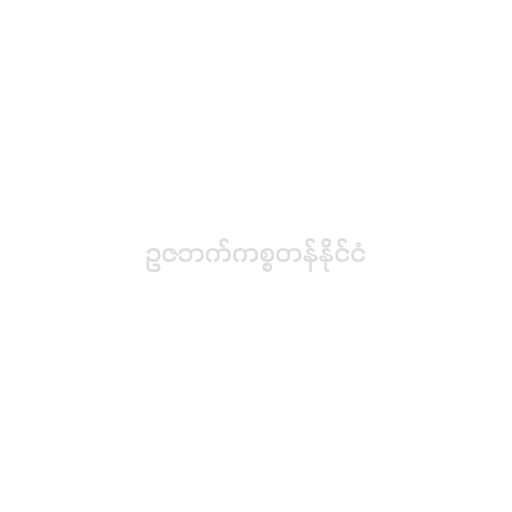
ဥဇဘက်ကစ္စတန်နိုင်ငံ